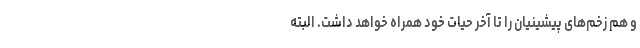
و هم زخم‌های پیشینیان را تا آخر حیات خود همراه خواهد داشت. البته